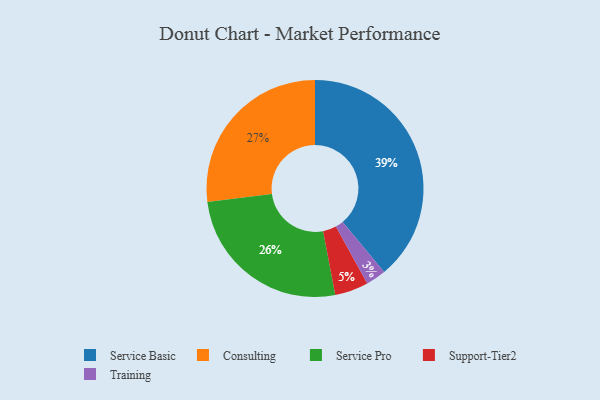
{"axis": {"x": "Category", "y": "Percentage"}, "legend": ["Consulting", "Service Basic", "Service Pro", "Support-Tier2", "Training"], "data": [{"x": "Training", "y": 3, "type": "Training"}, {"x": "Service Basic", "y": 39, "type": "Service Basic"}, {"x": "Support-Tier2", "y": 5, "type": "Support-Tier2"}, {"x": "Consulting", "y": 27, "type": "Consulting"}, {"x": "Service Pro", "y": 26, "type": "Service Pro"}]}